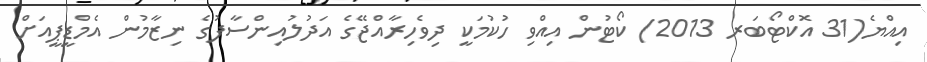
އިއްޔެ(31 އޮކްޓޯބަރ 2013) ކޯޓުން އިއްވި ހުކުމަކީ ދިވެހިރާއްޖޭގެ އަދުލުއިންސާފުގެ ނިޒާމުން އެމްޑީޕީއަށް